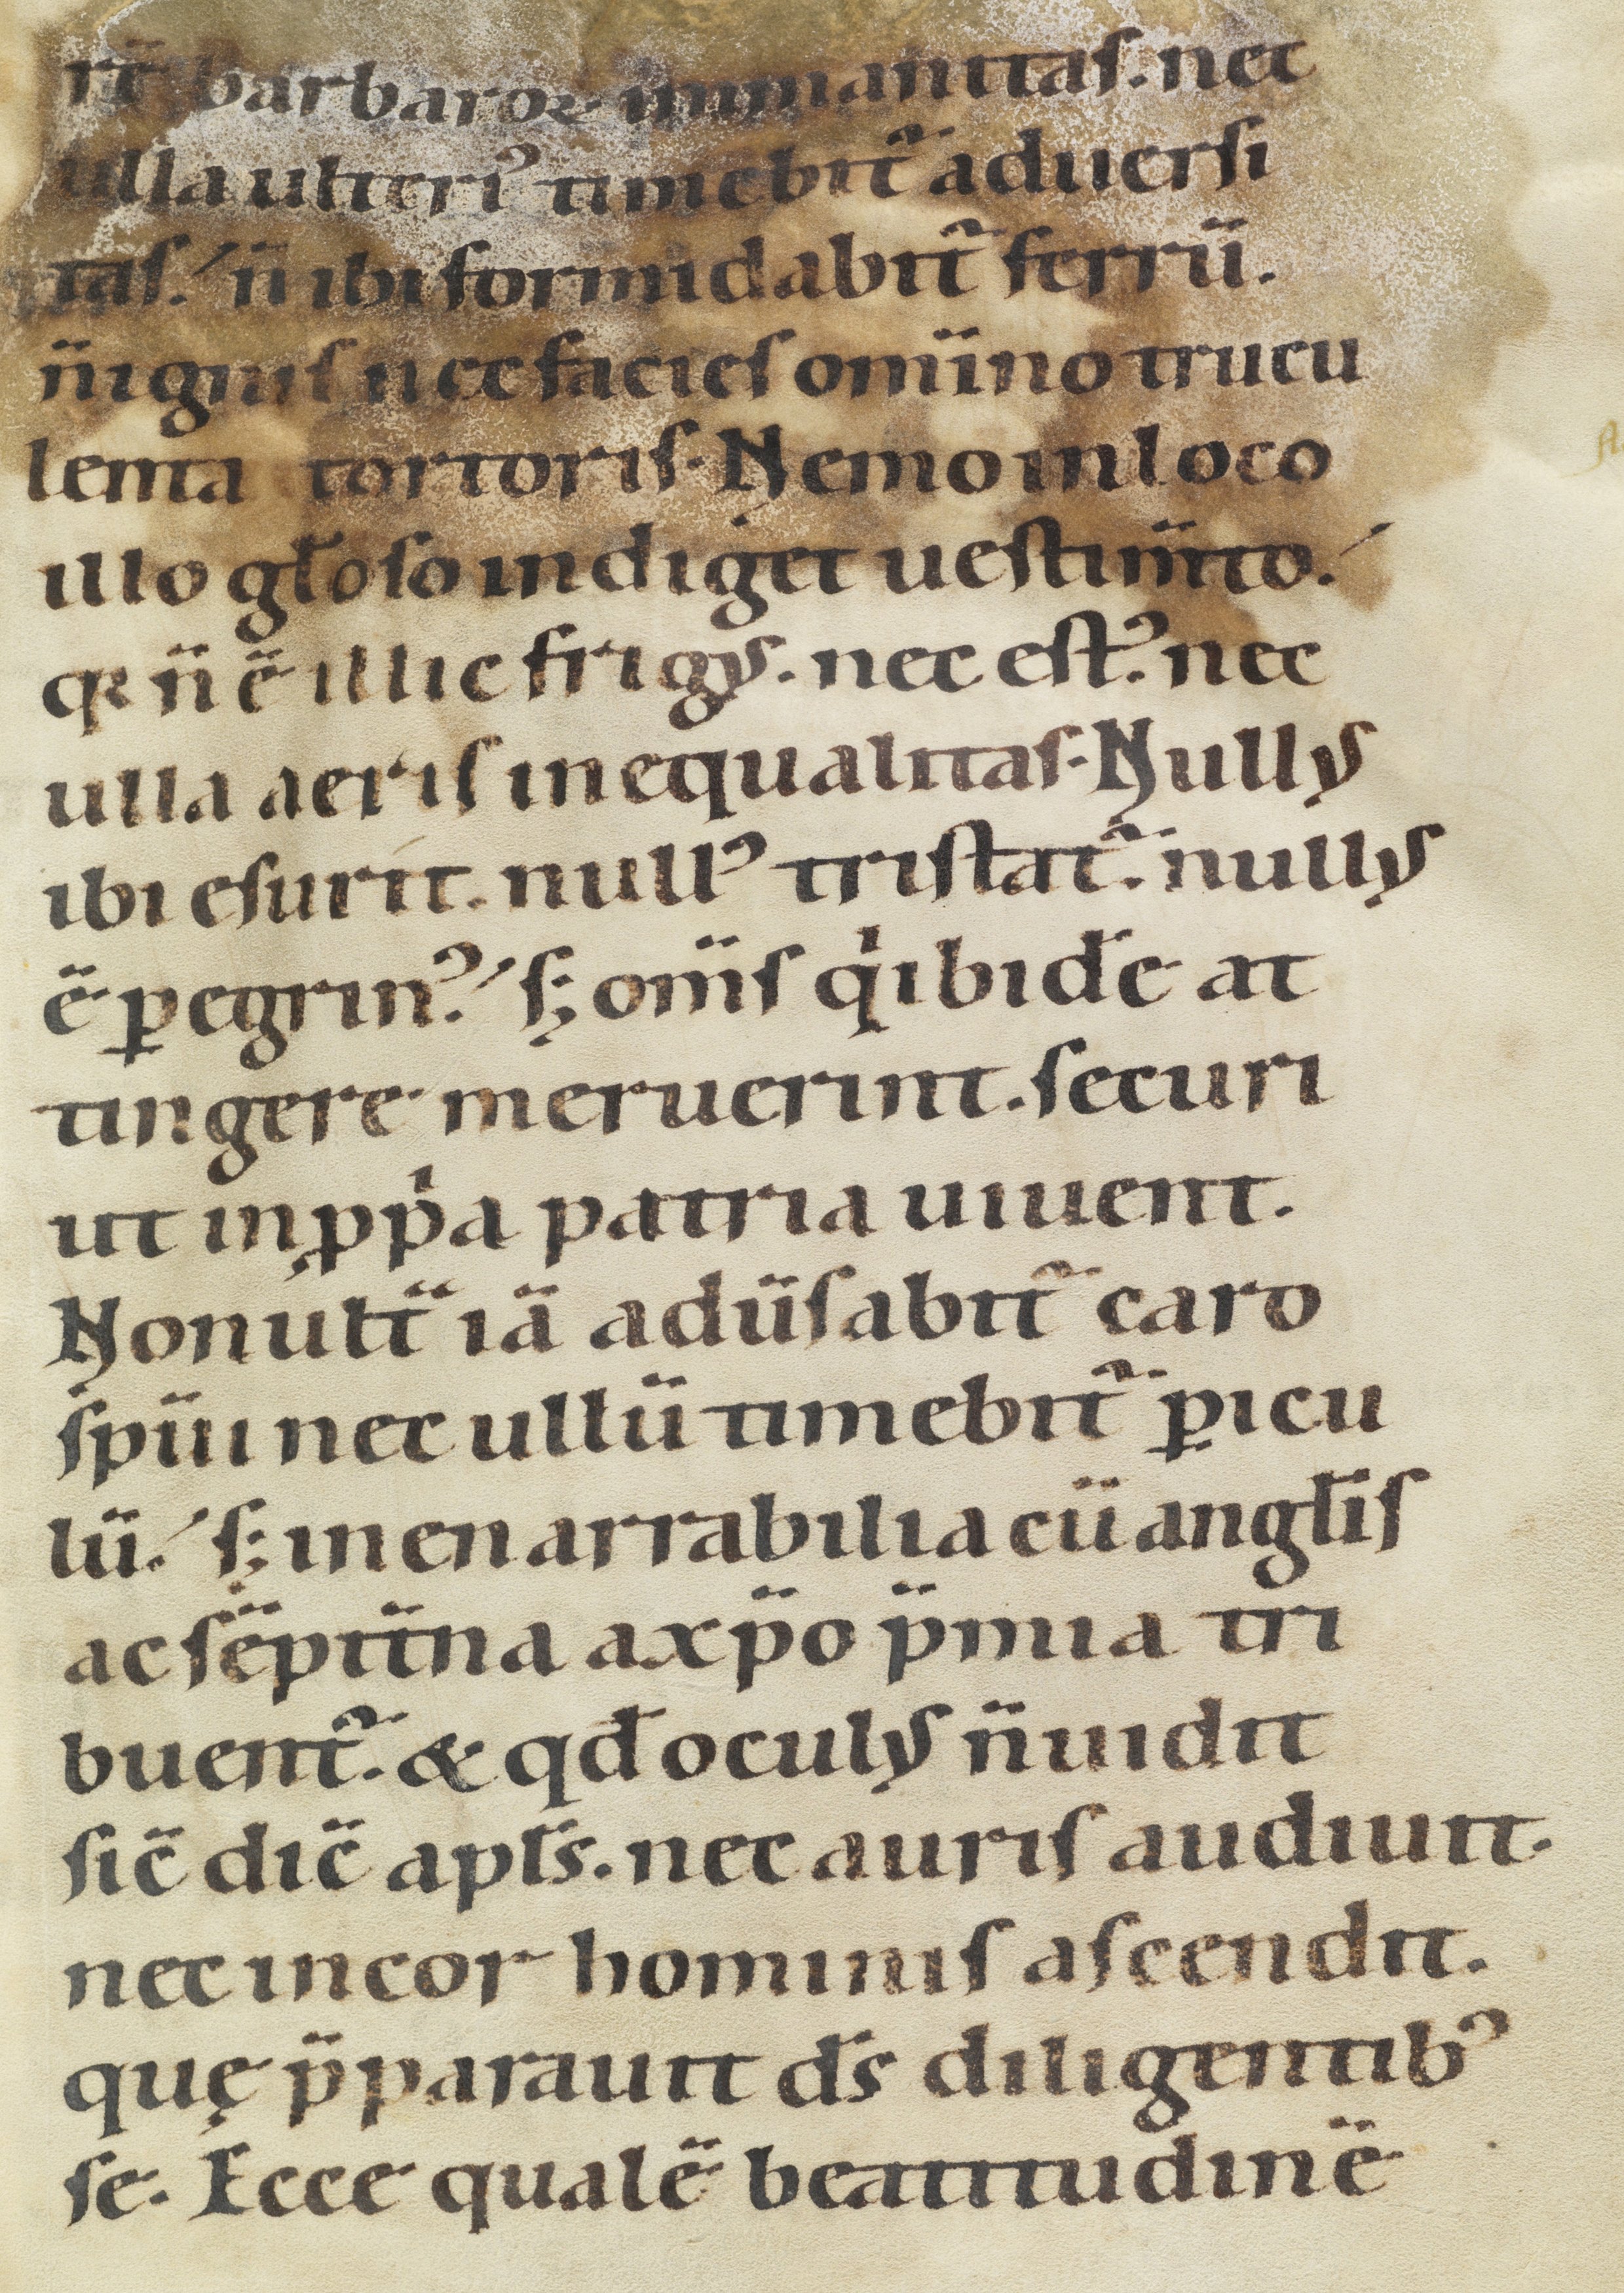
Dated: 1100–1199